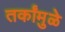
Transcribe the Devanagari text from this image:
तर्कांमुळे